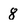
Character: 8